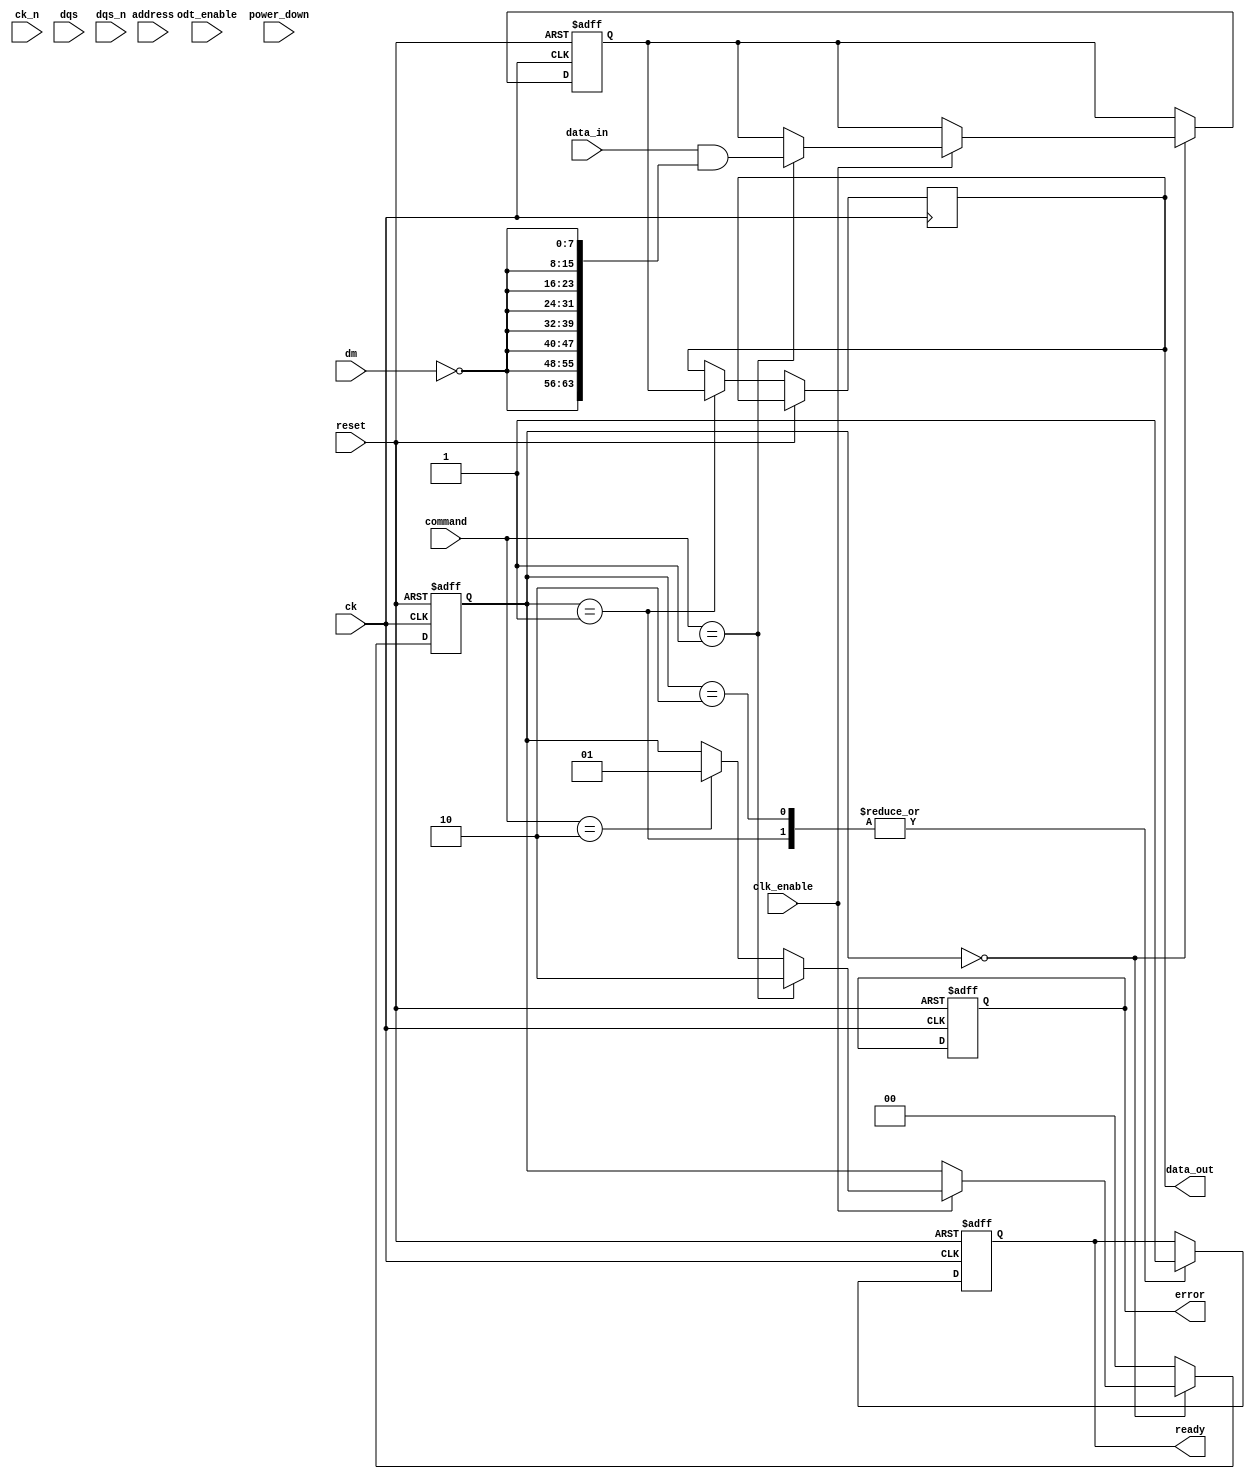
module ddr4_io_block (
    // Data Interface
    input wire [63:0] data_in,       // Data input (64 bits for x8/x16 configurations)
    output wire [63:0] data_out,     // Data output (64 bits for x8/x16 configurations)
    input wire [7:0] dm,              // Data mask input
    
    // Clocking
    input wire ck,                    // Differential clock input
    input wire ck_n,                  // Differential clock input (inverted)
    input wire dqs,                   // Differential data strobe input
    input wire dqs_n,                 // Differential data strobe input (inverted)
    
    // Control Signals
    input wire [2:0] command,         // Command inputs (READ, WRITE, etc.)
    input wire [15:0] address,        // Address inputs
    
    // Timing Control
    input wire clk_enable,             // Clock enable signal
    input wire reset,                  // Reset signal
    
    // Termination
    input wire odt_enable,             // On-die termination enable
    
    // Power Management
    input wire power_down,             // Power down signal
    
    // Status Signals
    output wire ready,                 // Ready signal to the memory controller
    output wire error                  // Error signal for ECC or other issues
);

// Internal Signals
reg [63:0] data_buffer;
reg ready_reg;
reg error_reg;

// State Machine for Command Processing
localparam IDLE = 2'b00;
localparam READ = 2'b01;
localparam WRITE = 2'b10;

reg [1:0] state;

// I/O Buffers
always @(posedge ck or posedge reset) begin
    if (reset) begin
        data_buffer <= 64'b0;
        ready_reg <= 1'b0;
        error_reg <= 1'b0;
        state <= IDLE;
    end else begin
        case (state)
            IDLE: begin
                if (clk_enable) begin
                    if (command == 3'b001) begin // WRITE command
                        data_buffer <= data_in & {64{~dm}}; // Apply data mask
                        state <= WRITE;
                    end else if (command == 3'b010) begin // READ command
                        state <= READ;
                    end
                end
            end
            READ: begin
                data_out <= data_buffer; // Output data on read
                ready_reg <= 1'b1;       // Set ready signal
                state <= IDLE;
            end
            WRITE: begin
                // Simulate write operation (actual write logic would be more complex)
                ready_reg <= 1'b1;       // Set ready signal
                state <= IDLE;
            end
            default: state <= IDLE;
        endcase
    end
end

// Output assignments
assign ready = ready_reg;
assign error = error_reg; // Error handling logic would be implemented as needed

endmodule